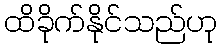
ထိခိုက်နိုင်သည်ဟု